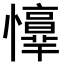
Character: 𢤈